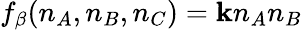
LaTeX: f_{\beta}(n_{A},n_{B},n_{C})=\mathbf{k}n_{A}n_{B}